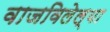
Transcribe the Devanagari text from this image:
वाजविलेल्या